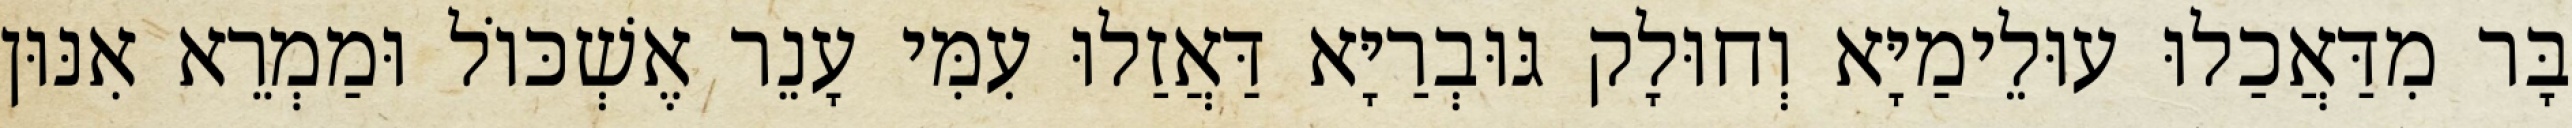
בָּר מִדַּאֲכַלוּ עוּלֵימַיָּא וְחוּלָק גּוּבְרַיָּא דַּאֲזַלוּ עִמִּי עָנֵר אֶשְׁכּוֹל וּמַמְרֵא אִנּוּן